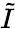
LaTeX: \tilde{I}